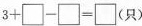
$$3 + \Box - \Box = \Box$$(只)